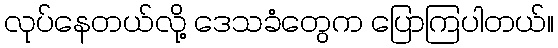
လုပ်နေတယ်လို့ ဒေသခံတွေက ပြောကြပါတယ်။